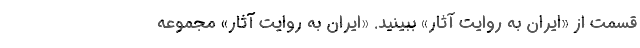
قسمت از «ایران به روایت آثار» ببینید. «ایران به روایت آثار» مجموعه‌